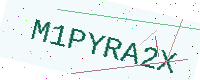
Text: M1PYRA2X